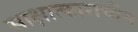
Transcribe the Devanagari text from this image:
साक्षात्काराचीच